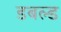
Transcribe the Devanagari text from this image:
डबल्ड